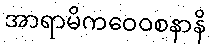
အာရာမိကဝေဝစနာနိ